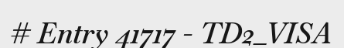
# Entry 41717 - TD2_VISA